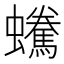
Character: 𧔟